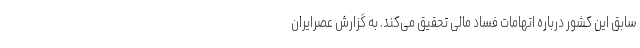
سابق این کشور درباره اتهامات فساد مالی تحقیق می‌کند. به گزارش عصرایران